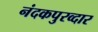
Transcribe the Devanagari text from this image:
नंदकपुरव्दार